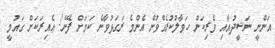
އަންނީ ނަޝީދުއާއި ވެރިކަން ހަވާލުކުރެއްވުން އެންމެ ރަގަޅުވާނެ ކަމަށް ފެނޭ! ޢެއިރަކަށް ގައުމީ